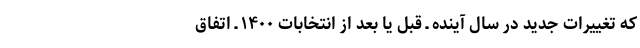
که تغییرات جدید در سال آینده ـ قبل یا بعد از انتخابات ۱۴۰۰ ـ اتفاق